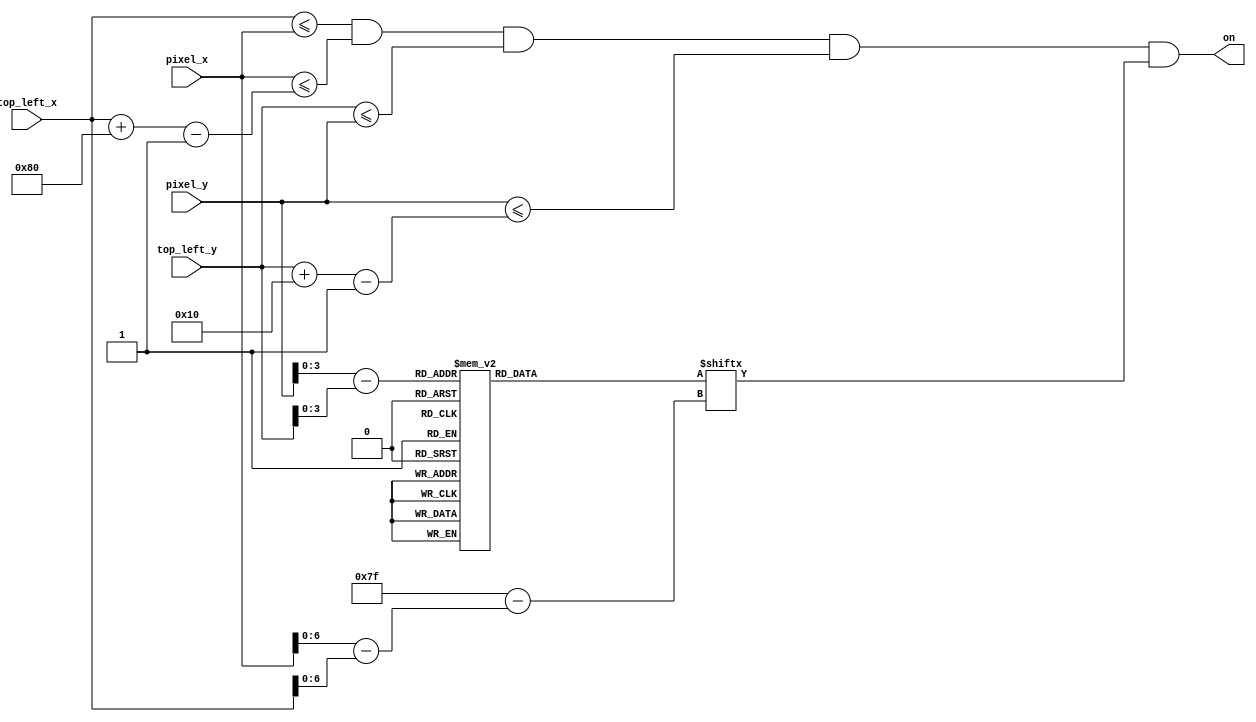
`timescale 1ns / 1ps

module alarm_time_text
    (
    input wire [9:0] pixel_x, pixel_y,
    input wire [9:0] top_left_x, top_left_y,
    output wire on
    );
    
        // load in and declare position and sizing of number
    localparam H_FOOTPRINT = 128;
    localparam V_FOOTPRINT = 16;                                 
    wire [9:0] C_X_L = top_left_x;                   
    wire [9:0] C_Y_T = top_left_y;                  
    wire [9:0] C_X_R = C_X_L + H_FOOTPRINT - 1;
    wire [9:0] C_Y_B = C_Y_T + V_FOOTPRINT - 1;
    
    // declare signals to check
    wire [3:0] rom_addr;
    wire [6:0] rom_col;
    wire rom_bit;
    wire sq_on;
    reg [0:127] rom_data;
    
    // check current position of pixel
    assign rom_addr = pixel_y[3:0] - C_Y_T[3:0];
    assign rom_col = pixel_x[6:0] - C_X_L[6:0];
    assign rom_bit = rom_data[rom_col];
    
    // enable on if within foot print
    assign sq_on =
       (C_X_L<=pixel_x) && (pixel_x<=C_X_R) &&
       (C_Y_T<=pixel_y) && (pixel_y<=C_Y_B);
    
    //enable
    assign on = sq_on & rom_bit;
    
    // determine number to output
    always @*
        case (rom_addr)
        4'h0: rom_data =    128'b0000000110000000_0011000000000000_0000000110000000_0011111111100000_0011000000001100_0000000000000000_0000000000000000_0000000000000000;
        4'h1: rom_data =    128'b0000011111100000_0011000000000000_0000011111100000_0011111111110000_0011100000011100_0000000000000000_0000000000000000_0000000000000000;
        4'h2: rom_data =    128'b0000011001100000_0011000000000000_0000011001100000_0011000000011000_0011110000111100_0000000000000000_0000000000000000_0000000000000000;
        4'h3: rom_data =    128'b0000110000110000_0011000000000000_0000110000110000_0011000000001100_0011011001101100_0000000000000000_0000000000000000_0000000000000000;
        4'h4: rom_data =    128'b0000110000110000_0011000000000000_0000110000110000_0011000000001100_0011001111001100_0000000000000000_0000000000000000_0000000000000000;
        4'h5: rom_data =    128'b0000110000110000_0011000000000000_0000110000110000_0011000000001100_0011000110001100_0000000000000000_0000000000000000_0000000000000000;
        4'h6: rom_data =    128'b0000110000110000_0011000000000000_0000110000110000_0011000000011000_0011000110001100_0000000000000000_0000000000000000_0000000000000000;
        4'h7: rom_data =    128'b0001100000011000_0011000000000000_0001100000011000_0011111111110000_0011000000001100_0000000000000000_0000000000000000_0000000000000000;
        4'h8: rom_data =    128'b0001111111111000_0011000000000000_0001111111111000_0011111111100000_0011000000001100_0000000000000000_0000000000000000_0000000000000000;
        4'h9: rom_data =    128'b0001111111111000_0011000000000000_0001111111111000_0011001100000000_0011000000001100_0000000000000000_0000000000000000_0000000000000000;
        4'ha: rom_data =    128'b0001100000011000_0011000000000000_0001100000011000_0011000110000000_0011000000001100_0000000000000000_0000000000000000_0000000000000000;
        4'hb: rom_data =    128'b0011000000001100_0011000000000000_0011000000001100_0011000011000000_0011000000001100_0000000000000000_0000000000000000_0000000000000000;
        4'hc: rom_data =    128'b0011000000001100_0011000000000000_0011000000001100_0011000001100000_0011000000001100_0000000000000000_0000000000000000_0000000000000000;
        4'hd: rom_data =    128'b0011000000001100_0011000000000000_0011000000001100_0011000000110000_0011000000001100_0000000000000000_0000000000000000_0000000000000000;
        4'he: rom_data =    128'b0011000000001100_0011111111111100_0011000000001100_0011000000011000_0011000000001100_0000000000000000_0000000000000000_0000000000000000;         
        4'hf: rom_data =    128'b0011000000001100_0011111111111100_0011000000001100_0011000000001100_0011000000001100_0000000000000000_0000000000000000_0000000000000000;   
        endcase
    
endmodule